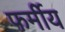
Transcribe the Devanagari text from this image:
फर्मीय